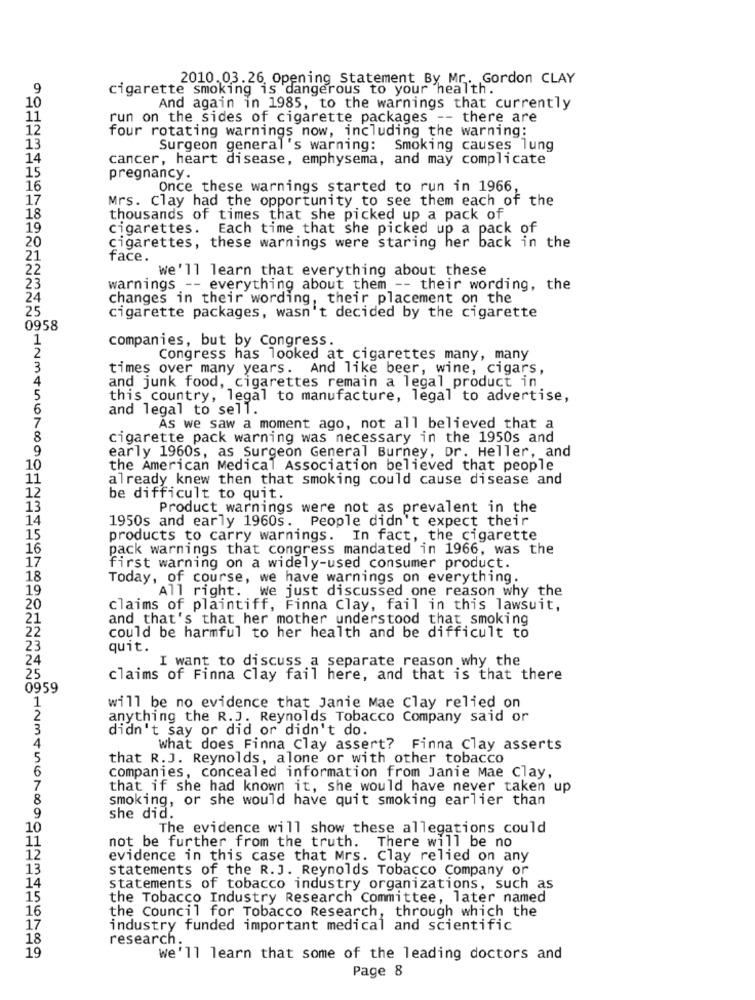
2010.03.26, Opening Statement By Mr. Gordon CLAY
9
cigarette smoking is dangerous to your health.
10
And again in 1985, to the warnings that currently
11
run on the sides of cigarette packages -- there are
12
four rotating warnings now, including the warning:
13
Surgeon general's warning: Smoking causes lung
14
cancer, heart disease, emphysema, and may complicate
15
pregnancy.
16
Once these warnings started to run in 1966
17
Mrs. Clay had the opportunity to see them each of the
18
thousands of times that she picked up a pack of
19
cigarettes. Each time that she picked up a pack of
20
cigarettes, these warnings were staring her back in the
21
face.
22
we'll learn that everything about these
23
warnings -- everything about them -- their wording, the
24
changes in their wording, their placement on the
25
cigarette packages, wasn't decided by the cigarette
0958
1
companies, but by Congress.
2
Congress has looked at cigarettes many, many
3
times over many years. And like beer, wine, cigars,
4
and junk food, cigarettes remain a legal product in
5
this country, legal to manufacture, legal to advertise,
6
and legal to sell.
7
As we saw a moment ago, not all believed that a
8
cigarette pack warning was necessary in the 1950s and
9
early 1960s, as Surgeon General Burney, Dr. Heller, and
10
the American Medical Association believed that people
11
already knew then that smoking could cause disease and
12
be difficult to quit.
13
Product warnings were not as prevalent in the
14
1950s and early 1960s. People didn't expect their
15
products to carry warnings. In fact, the cigarette
16
pack warnings that congress mandated in 1966, was the
17
first warning on a widely-used consumer product.
18
Today, of course, we have warnings on everything.
19
All right. we just discussed one reason why the
20
claims of plaintiff, Finna Clay, fail in this lawsuit,
21
and that's that her mother understood that smoking
22
could be harmful to her health and be difficult to
23
quit.
24
I want to discuss a separate reason why the
25
claims of Finna Clay fail here, and that is that there
0959
1
will be no evidence that Janie Mae Clay relied on
2
anything the R.J. Reynolds Tobacco Company said or
3
didn't say or did or didn't do.
4
What does Finna Clay assert? Finna Clay asserts
5
that R.J. Reynolds, alone or with other tobacco
6
companies, concealed information from Janie Mae Clay,
7
that if she had known it, she would have never taken up
8
smoking, or she would have quit smoking earlier than
9
she did.
10
The evidence will show these allegations could
11
not be further from the truth. There will be no
12
evidence in this case that Mrs. Clay relied on any
13
statements of the R. J. Reynolds Tobacco Company or
14
statements of tobacco industry organizations, such as
15
the Tobacco Industry Research Committee, later named
16
the Council for Tobacco Research, through which the
17
industry funded important medical and scientific
18
research.
19
we'll learn that some of the leading doctors and
Page 8